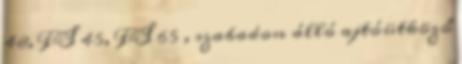
48, FS 45, FS 65 , szabadon álló ajtóütköző